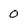
Character: 0